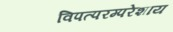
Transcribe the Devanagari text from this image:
विपत्परम्परेशाय